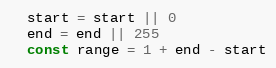
Language: JavaScript
  start = start || 0
  end = end || 255
  const range = 1 + end - start